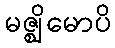
မဇ္ဈိမောပိ